Report on vaccination in Madras 1895-1903 - 1895-1903
Year: 1895
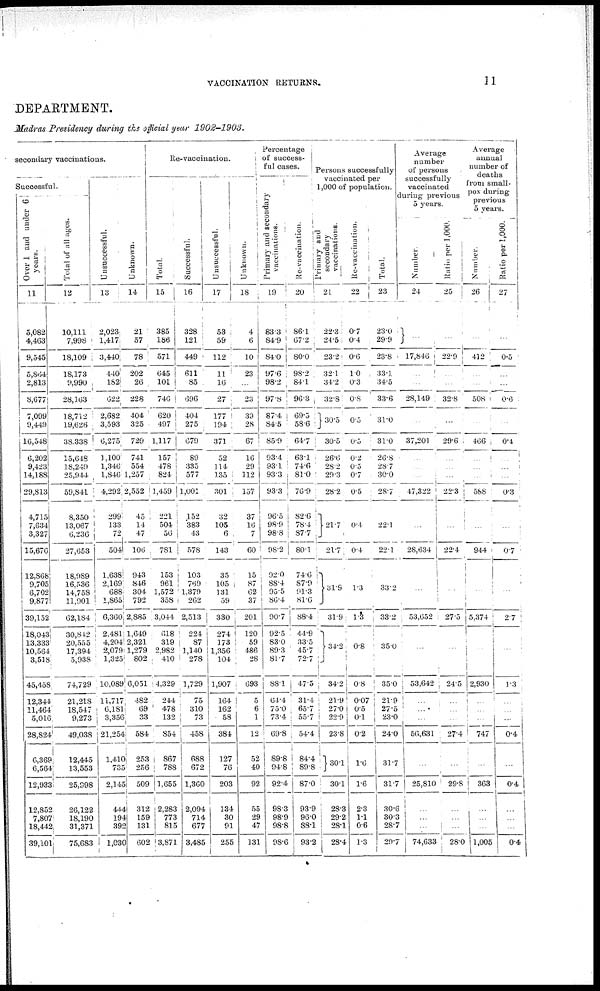
VACCINATION RETURNS.
11
DEPARTMENT.
Madras Presidency during the official year 1902-1903.
secondary vaccinations.
Successful.
Over 1 and under 6
years.
11
5,082
4,463
9,545
5,864
2,813
8,677
7,099
9,449
16,548
6,202
9,423
14,188
29,813
4,715
7,634
3,327
15,676
12,868
9,705
6,702
9,877
39,152
18,043
13.333
10,564
3,518
45,458
12,344
11,464
5,016
28,824
6,369,
6,564
12,933
12,852
7,807
18,442,
39,101.
Total of all ages.
12
10,111
7,998
18,109
18,173
9,990
28,163
18,712
19,626
38,338
15,648
18,249
25,944
59,841
8,350
13,067
6,236
27,653
18,989
16,536
14,758
11,901
62,184
30,842
20,555
17,394
5,938
74,729
21,218
18,547
9,273
49,038
12,445
13,553
25,998
26,122
18,190
31,371
75,683
Uusuccessful.
13
2,023
1,417
3,440
440
162
622
2,682
3,593
6,275
1,100
1,346
1,846
4,292
299
133
72
504
1,638
2,169
688
1,865
6,360
2,481
4,204
2,079
1,325
10,089
11,717
6,181
3,356
21,254
1,410
735
2,145
444
194
392
1,030
Unknown.
14
21
57
78
202
26
228
404
325
729
741
554
1,257
2,552
45
14
47
106
943
846
304
792
2,885
1,649
2,321
1,279
802
6,051
482
69
33
584
253
256
509
312
159
131
602
Re-vaccination.
Total.
15
385
186
571
645
101
746
620
497
1,117
157
478
824
1,459
221
504
56
781
153
961
1,572
358
3,044
618
319
2,982
410
4,329
244
478
132
854
867
788
1,655
2,283
773
815
3,871
Successful.
16
328
121
449
611
85
696
404
275
679
89
335
577
1,001
152
383
43
578
103
769
1,379
262
2,513
224
87
1,140
278
1,729
75
310
73
458
688
672
1,360
2,094
714
677
3,485
Unsuccessful.
17
53
59
112
11
16
27
177
194
371
52
114
135
301
32
105
6
143
35
105
131
59
330
274
173
1,356
104
1,907
164
162
58
384
127
76
203
134
30
91
255
Unknown.
18
4
6
10
23
...
23
39
28
67
16
29
112
157
37
16
7
60
15
87
62
37
201
120
59
486
28
693
5
6
1
12
52
40
92
55
29
47
131
Percentage
of success¬
ful cases.
Primary and secondary
vaccinations.
19
83.3
84.9
84.0
97.6
98.2
97.8
87.4
84.5
85.9
93.4
93.1
93.3
93.3
96.5
98.9
98.8
98.2
92.0
88.4
95.5
86.4
90.7
92.5
83.0
89.3
81.7
88.1
64.4
75.0
73.4
69.8
89.8
94.8
92.4
98.3
98.9
98.8
98.6
Re-vaccination.
20
86.1
67.2
80.0
98.2
84.1
96.3
69.5
58.6
64.7
63.1
74.6
81.0
76.9
82.6
78.4
87.7
80.1
74.6
87.9
01.3
81.6
88.4
44.9
33.5
45.7
72.7
47.5
31.4
65.7
55.7
54.4
84.4
89.8
87.0
93.9
96.0
88.1
93.2
Persons successfully
vaccinated per
1,000 of population.
Primary and
secondary
vaccinations.
21
22.3
24.5
23.2
32.1
34.2
32.8
30.5
30.5
26.6
28.2
29.3
28.2
21.7
21.7
31.9
31.9
34.2
34.2
21.9
27.0
22.9
23.8
30.1
30.1
28.3
29.2
28.1
28.4
Re-vaccination.
22
0.7
0.4
0.6
1.0
0.3
0.8
0.5
0.5
0.2
0.5
0.7
0.5
0.4
0.4
1.3
1.3
0.8
0.8
0.07
0.5
0.1
0.2
1. 6
1.6
2.3
1.1
0.6
1.3
Total.
23
23.0
29.9
23.8
33.1
34.5
33.6
31.0
31.0
26.8
287
30.0
28.7
22.1
22.1
33.2
33.2
35.0
35.0
21.9
27.5
23.0
24.0
31.7
31.7
30.6
30.3
28.7
29.7
Average
number
of persons
successfully
vaccinated
during previous
5 years.
Number.
24
...
17,846
...
...
28,149
...
37,201
...
...
...
47,322
...
28,634
...
53,652
...
53,642
...
...
...
56,631
...
25,810
...
...
...
74,633
Ratio per 1,000.
25
22.9
...
...
32.8
...
29.6
...
...
...
22.3
...
22.4
...
27.5
...
24.5
...
...
...
27.4
...
29.8
...
...
...
28.0
Average
annual
number of
deaths
from small¬
pox during
previous
5 years
Number.
26
...
412
...
...
508
...
466
...
...
...
588
...
944
...
5,374
...
2,930
...
...
...
747
...
363
...
...
...
1,005
Ratio per 1,000.
27
...
0.5
...
...
0.6
...
0.4
...
...
...
0.3
...
0.7
...
2.7
...
1.3
...
...
...
0.4
...
0.4
...
...
...
0.4